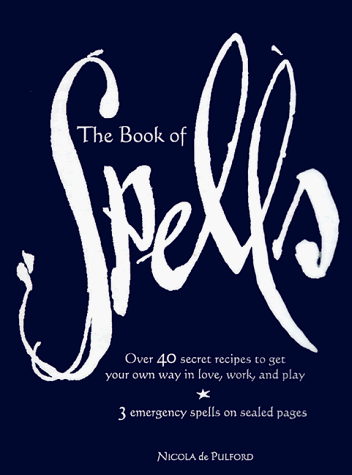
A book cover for The Book of Spells: Over 40 Secret Recipes to Get Your Own Way in Love, Work, and Play; Nicola de Pulford; Self-Help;